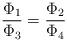
LaTeX: \begin{align*}\frac{\Phi_1}{\Phi_3} = \frac{\Phi_2}{\Phi_4}\end{align*}